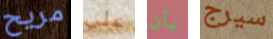
مريح على بأن سيرج